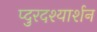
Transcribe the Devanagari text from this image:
प्दुरदश्यार्शन